Regulations for the medical services of the Army of India
Year: 1930
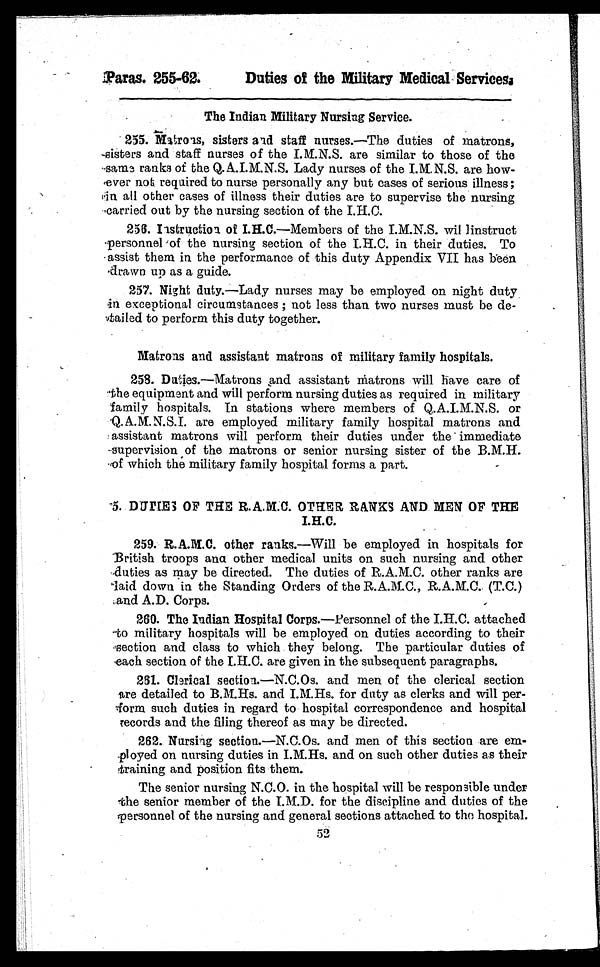
Paras. 255-62.
Duties of the Military Medical Services.
The Indian Military Nursing Service.
255. Matrons, sisters and staff nurses.—The duties of matrons,
sisters and staff nurses of the I.M.N.S. are similar to those of the
same ranks of the Q.A.I.M.N.S. Lady nurses of the I.M.N.S. are how-
ever not required to nurse personally any but cases of serious illness ;
in all other cases of illness their duties are to supervise the nursing
carried out by the nursing section of the I.H.C.
256. Instruction of I.H.C.—Members of the I.M.N.S. wil linstruct
personnel of the nursing section of the I.H.C. in their duties. To
assist them in the performance of this duty Appendix VII has been
drawn up as a guide.
257. Night duty.—Lady nurses may be employed on night duty
in exceptional circumstances ; not less than two nurses must be de-
tailed to perform this duty together.
Matrons and assistant matrons of military family hospitals.
258. Duties.—Matrons and assistant matrons will have care of
the equipment and will perform nursing duties as required in military
family hospitals. In stations where members of Q.A.I.M.N.S. or
Q.A.M.N.S.I. are employed military family hospital matrons and
assistant matrons will perform their duties under the immediate
supervision of the matrons or senior nursing sister of the B.M.H.
of which the military family hospital forms a part.
5. DUTIES OF THE R.A.M.C. OTHER RANKS AND MEN OF THE
I.H.C.
259. R.A.M.C. other ranks.—Will be employed in hospitals for
British troops and other medical units on such nursing and other
duties as may be directed. The duties of R.A.M.C. other ranks are
laid down in the Standing Orders of the R.A.M.C., R.A.M.C. (T.C.)
and A.D. Corps.
260. The Indian Hospital Corps.—Personnel of the I.H.C. attached
to military hospitals will be employed on duties according to their
section and class to which they belong. The particular duties of
each section of the I.H.C. are given in the subsequent paragraphs.
261. Clerical section.—N.C.Os. and men of the clerical section
are detailed to B.M.Hs. and I.M.Hs. for duty as clerks and will per-
f o r m s u c h d u t i e s i n r e g a r d t o h o s p i t a l c o r r e s p o n d e n c e a n d h o s p i t a l
records and the filing thereof as may be directed.
262. Nursing section.—N.C.Os. and men of this section are em-
ployed on nursing duties in I.M.Hs. and on such other duties as their
training and position fits them.
The senior nursing N.C.O. in the hospital will be responsible under
the senior member of the I.M.D. for the discipline and duties of the
personnel of the nursing and general sections attached to the hospital.
5 2